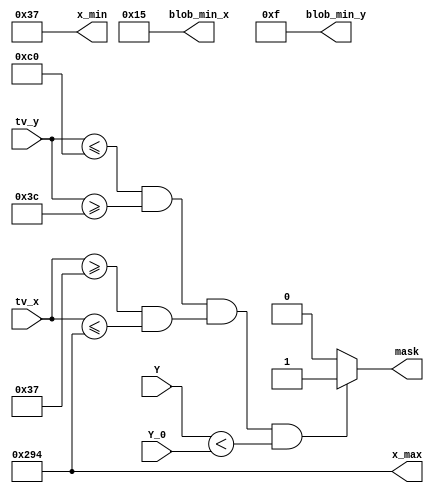
module MASK_1ONLY(
	input wire [7:0]Y,
	input wire [9:0]tv_x,
	input wire [9:0]tv_y,	
	input wire [7:0]Y_0,
	
	output reg mask,
	output wire [9:0]x_min,
	output wire [9:0]x_max,
	output reg [8:0]blob_min_x,	
	output reg [8:0]blob_min_y
	);

reg [7:0]Y_const;	
reg [9:0]x1;
reg [9:0]y1;
reg [9:0]x2;
reg [9:0]y2;

//reg [7:0]Y_0 = 64;	
reg [9:0]x1_0 = 55;
reg [9:0]y1_0 = 60;
reg [9:0]x2_0 = 660;
reg [9:0]y2_0 = 192;

//min_blob_xy
reg [8:0]blob_0_x = 21;	
reg [8:0]blob_0_y = 15;

assign	x_min = x1;
assign	x_max = x2;

always @(Y,tv_x,tv_y)
	begin
			Y_const = Y_0;	
			x1 = x1_0;
			y1 = y1_0;
			x2 = x2_0;
			y2 = y2_0;
			blob_min_x <= blob_0_x;	
			blob_min_y <= blob_0_y;
		
		if 	
			(((tv_y <= y2)&&(tv_y >= y1))&&((tv_x >= x1)&&(tv_x <= x2))&&
			(Y < Y_const))
			mask = 1;	
		else
			mask = 0;		
	end 
endmodule